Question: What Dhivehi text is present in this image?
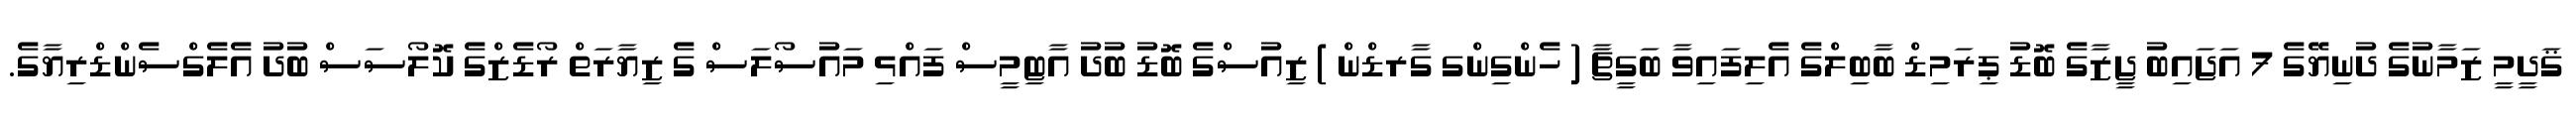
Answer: ޤަދީމީ ޒަމާނުގެ ދުނިޔޭގެ 7 އަޖައިބު ޖީޒާގެ ބޮޑު ޕިރަމިޑް ބާބިލްގެ އެލިފައިވާ ބަގީޗާ ( ހެންގިންގ ގާރޑްން ) ޒިއުސްގެ ބޮޑު ބުދު އާޓިމީސް ފައްޅި މައުސޯލަސް ގެ ޒިޔާރަތް ރޯޑެޒްގެ ކޮލޯސަސް ބުދު އެލެގްސެންޑްރިޔާގެ.